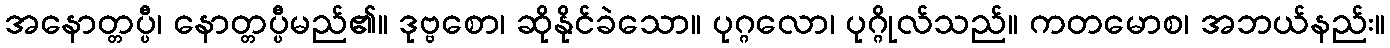
အနောတ္တပ္ပီ၊ နောတ္တပ္ပီမည်၏။ ဒုဗ္ဗစော၊ ဆိုနိုင်ခဲသော။ ပုဂ္ဂလော၊ ပုဂ္ဂိုလ်သည်။ ကတမောစ၊ အဘယ်နည်း။